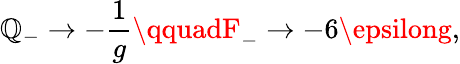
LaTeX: \mathbb{Q}_{-}\rightarrow-{\frac{{1}}{{g}}}\qquadF_{-}\rightarrow-6\epsilong,